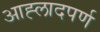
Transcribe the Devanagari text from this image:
आह्लादपर्ण